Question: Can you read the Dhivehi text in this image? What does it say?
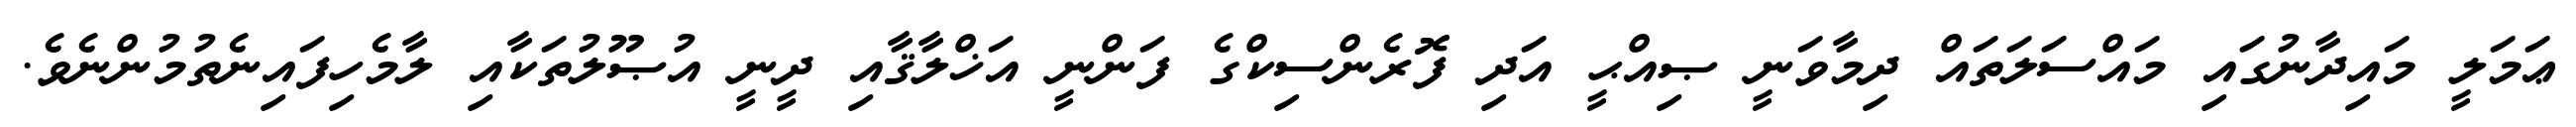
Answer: ޢަމަލީ މައިދާނުގައި މައްސަލަތައް ދިމާވަނީ ޞިއްޙީ އަދި ފޮރެންސިކްގެ ފަންނީ އަޚްލާޤާއި ދީނީ އުޞޫލުތަކާއި ލާމެހިފައިނެތުމުންނެވެ.